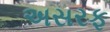
અસરફ